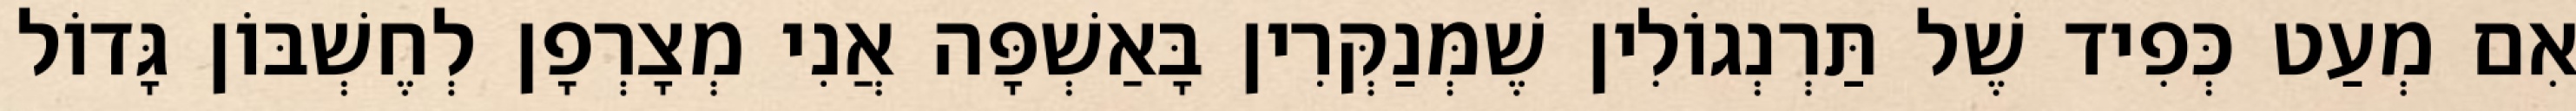
אִם מְעַט כְּפִיד שֶׁל תַּרְנְגוֹלִין שֶׁמְּנַקְּרִין בָּאַשְׁפָּה אֲנִי מְצָרְפָן לְחֶשְׁבּוֹן גָּדוֹל